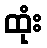
ထုံး